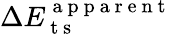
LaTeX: \Delta E_{\mathrm{~t~s~}}^{\mathrm{~a~p~p~a~r~e~n~t~}}